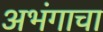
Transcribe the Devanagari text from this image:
अभंगाचा